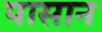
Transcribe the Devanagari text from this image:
पासान